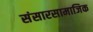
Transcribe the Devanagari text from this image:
संसारसामाजिक